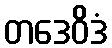
တဒေဝိဒံ